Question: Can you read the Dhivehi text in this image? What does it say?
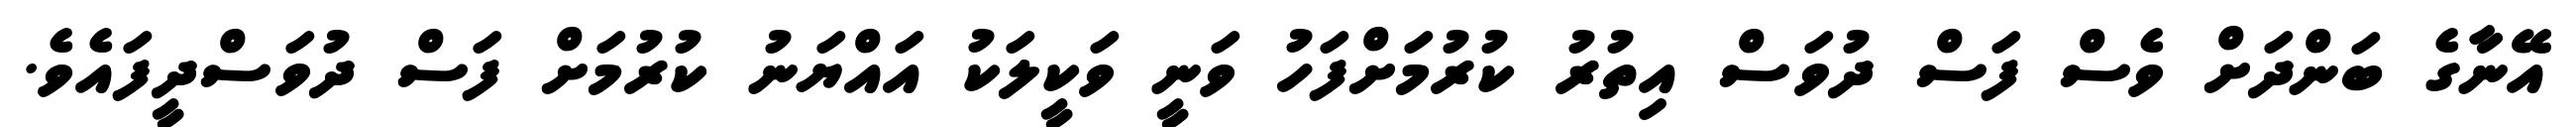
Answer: އޭނާގެ ބަންދަށް ވެސް ފަސް ދުވަސް އިތުރު ކުރުމަށްފަހު ވަނީ ވަކީލަކު އައްޔަނު ކުރުމަށް ފަސް ދުވަސްދީފައެވެ.